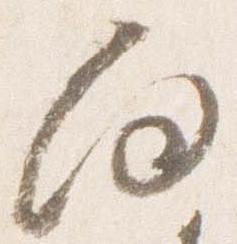
向